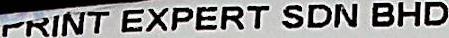
PRINT EXPERT SDN BHD